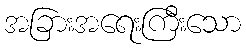
အခြားအရေးကြီးသော